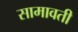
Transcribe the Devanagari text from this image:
सामावती